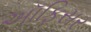
અૉફિસર